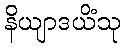
နိယျာဒယိံသု